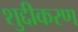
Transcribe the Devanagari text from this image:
शुद्दीकरण